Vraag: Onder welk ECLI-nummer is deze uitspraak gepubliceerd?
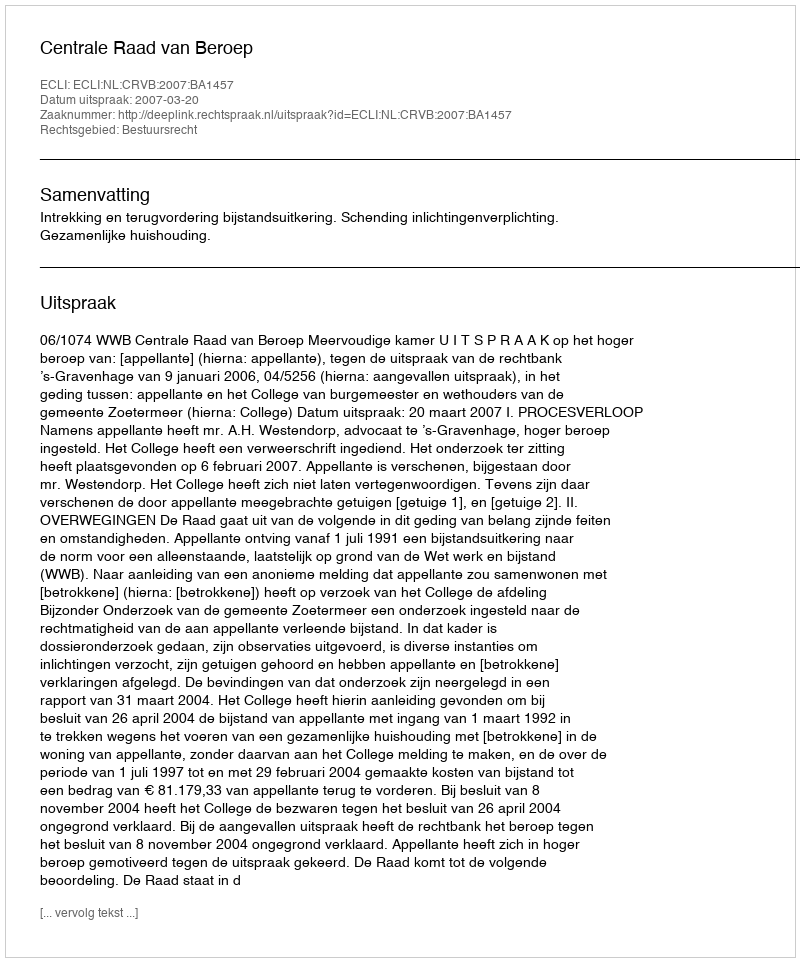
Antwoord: ECLI:NL:CRVB:2007:BA1457